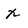
Character: x